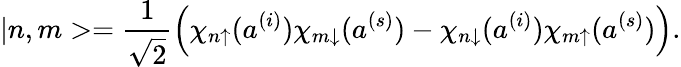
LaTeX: |n,m>=\frac{1}{\sqrt{2}}\left(\chi_{n\uparrow}(a^{(i)})\chi_{m\downarrow}(a^{(s)})-\chi_{n\downarrow}(a^{(i)})\chi_{m\uparrow}(a^{(s)})\right).